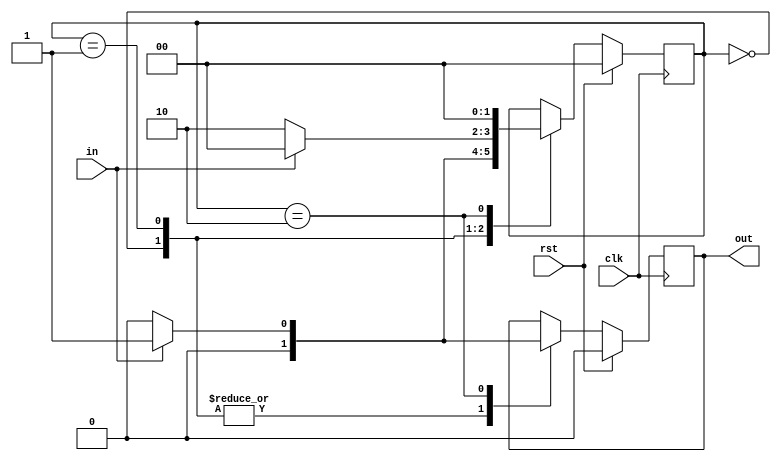
module mealy101(input in,input clk,input rst,output reg out);
  reg [1:0] cst;
  reg [1:0] nst;
  parameter [1:0]s0=2'b00;
  parameter [1:0]s1=2'b01;
  parameter [1:0]s2=2'b10;
always@(posedge clk)
begin
  if(rst)begin
    out=1'b0;
    cst=s0;
    nst=s0;end
  else
    begin
    cst=nst;
    case(cst)
  s0: if(in) begin
    out=1'b0;
    nst=s1;end
  else begin
    out=1'b0;
    nst=s0;end
  s1: if(in)begin
    out=1'b0;
    nst=s0;end
     else begin
    out=1'b0;
    nst=s2;end
  s2 : if(in)begin
    out=1'b1;
    nst=s0;end
      else begin
    out=1'b0;
    nst=s0;end
   endcase
end
end
endmodule